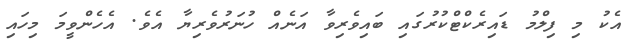
އެކު މި ފިލްމު ޑައިރެކްޓްކުރުގައި ބައިވެރިވާ އަނެއް ހުނަރުވެރިޔާ އެވެ. އެހެންވީމަ މިހައި